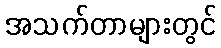
အသက်တာများတွင်